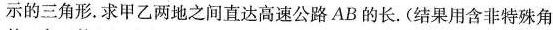
示的三角形。求甲乙两地之间直达高速公路AB的长。(结果用含非特殊角